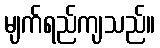
မျက်ရည်ကျသည်။